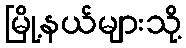
မြို့နယ်များသို့